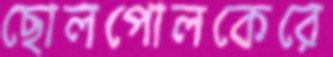
ছোলপোলকেরে